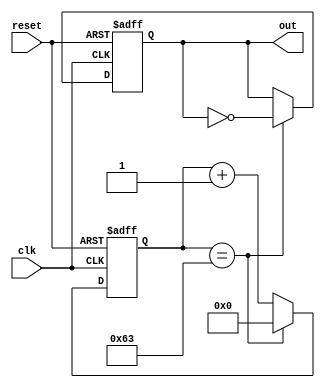
module periodic_timer (
  input wire clk,
  input wire reset,
  output reg out
);

parameter START_VALUE = 0;
parameter END_VALUE = 100;
parameter CLOCK_FREQUENCY = 50; // in MHz

reg [31:0] counter;

always @(posedge clk or posedge reset) begin
  if (reset) begin
    counter <= START_VALUE;
    out <= 0;
  end else begin
    counter <= counter + 1;
    if (counter == END_VALUE-1) begin
      counter <= START_VALUE;
      out <= ~out;
    end
  end
end

endmodule